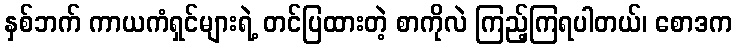
နှစ်ဘက် ကာယကံရှင်များရဲ့ တင်ပြထားတဲ့ စာကိုလဲ ကြည့်ကြရပါတယ်၊ စောဒက